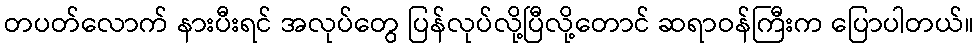
တပတ်လောက် နားပီးရင် အလုပ်တွေ ပြန်လုပ်လို့ပြီလို့တောင် ဆရာဝန်ကြီးက ပြောပါတယ်။